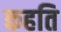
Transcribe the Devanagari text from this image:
कहति